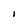
Character: l